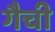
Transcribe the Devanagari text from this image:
गैची